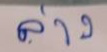
ล่าง